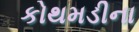
કોથમડીના